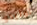
توليدو